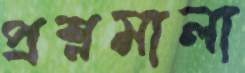
প্রশ্নমালা